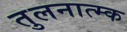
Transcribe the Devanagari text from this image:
तुलनात्म्क